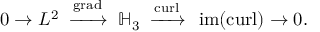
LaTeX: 0 \to L ^ { 2 } \; \; { \xrightarrow { \operatorname { g r a d } } } \; \; \mathbb { H } _ { 3 } \; \; { \xrightarrow { \operatorname { c u r l } } } \; \; \operatorname { i m } ( \operatorname { c u r l } ) \to 0 .